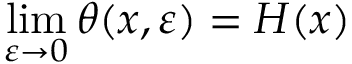
\operatorname* { l i m } _ { \varepsilon \to 0 } \theta ( x , \varepsilon ) = H ( x )